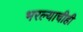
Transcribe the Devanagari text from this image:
भरल्याचीही